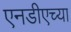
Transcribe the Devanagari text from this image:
एनडीएच्या